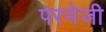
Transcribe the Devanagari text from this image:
परमेजी